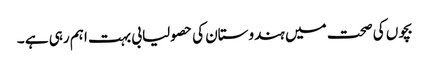
بچوں کی صحت میں ہندوستان کی حصولیابی بہت اہم رہی ہے ۔